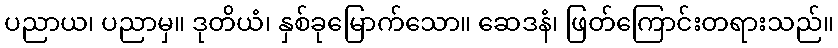
ပညာယ၊ ပညာမှ။ ဒုတိယံ၊ နှစ်ခုမြောက်သော။ ဆေဒနံ၊ ဖြတ်ကြောင်းတရားသည်။